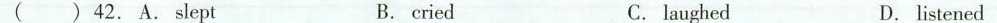
42. A. Slept B. cried C. laughed D.listened ( )